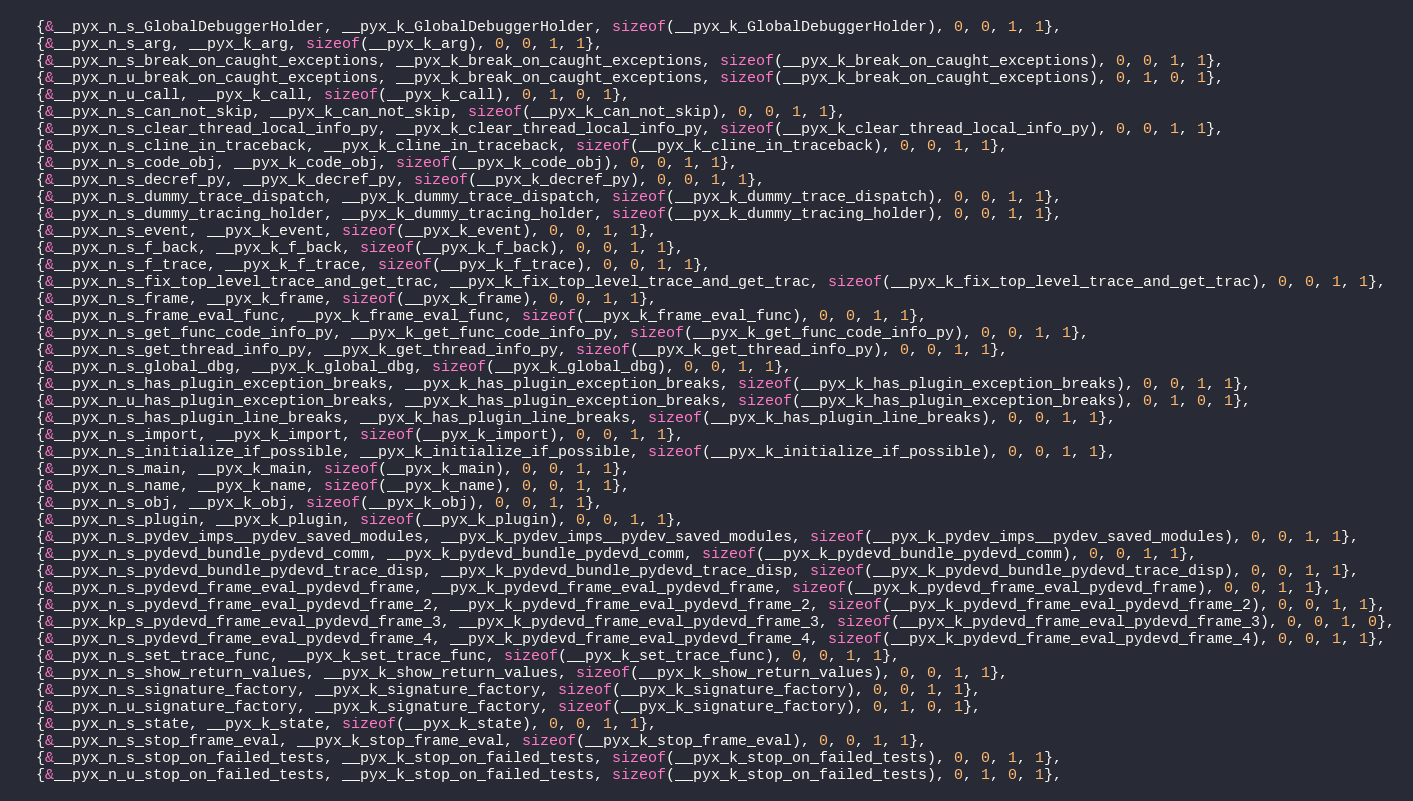
Language: C
  {&__pyx_n_s_GlobalDebuggerHolder, __pyx_k_GlobalDebuggerHolder, sizeof(__pyx_k_GlobalDebuggerHolder), 0, 0, 1, 1},
  {&__pyx_n_s_arg, __pyx_k_arg, sizeof(__pyx_k_arg), 0, 0, 1, 1},
  {&__pyx_n_s_break_on_caught_exceptions, __pyx_k_break_on_caught_exceptions, sizeof(__pyx_k_break_on_caught_exceptions), 0, 0, 1, 1},
  {&__pyx_n_u_break_on_caught_exceptions, __pyx_k_break_on_caught_exceptions, sizeof(__pyx_k_break_on_caught_exceptions), 0, 1, 0, 1},
  {&__pyx_n_u_call, __pyx_k_call, sizeof(__pyx_k_call), 0, 1, 0, 1},
  {&__pyx_n_s_can_not_skip, __pyx_k_can_not_skip, sizeof(__pyx_k_can_not_skip), 0, 0, 1, 1},
  {&__pyx_n_s_clear_thread_local_info_py, __pyx_k_clear_thread_local_info_py, sizeof(__pyx_k_clear_thread_local_info_py), 0, 0, 1, 1},
  {&__pyx_n_s_cline_in_traceback, __pyx_k_cline_in_traceback, sizeof(__pyx_k_cline_in_traceback), 0, 0, 1, 1},
  {&__pyx_n_s_code_obj, __pyx_k_code_obj, sizeof(__pyx_k_code_obj), 0, 0, 1, 1},
  {&__pyx_n_s_decref_py, __pyx_k_decref_py, sizeof(__pyx_k_decref_py), 0, 0, 1, 1},
  {&__pyx_n_s_dummy_trace_dispatch, __pyx_k_dummy_trace_dispatch, sizeof(__pyx_k_dummy_trace_dispatch), 0, 0, 1, 1},
  {&__pyx_n_s_dummy_tracing_holder, __pyx_k_dummy_tracing_holder, sizeof(__pyx_k_dummy_tracing_holder), 0, 0, 1, 1},
  {&__pyx_n_s_event, __pyx_k_event, sizeof(__pyx_k_event), 0, 0, 1, 1},
  {&__pyx_n_s_f_back, __pyx_k_f_back, sizeof(__pyx_k_f_back), 0, 0, 1, 1},
  {&__pyx_n_s_f_trace, __pyx_k_f_trace, sizeof(__pyx_k_f_trace), 0, 0, 1, 1},
  {&__pyx_n_s_fix_top_level_trace_and_get_trac, __pyx_k_fix_top_level_trace_and_get_trac, sizeof(__pyx_k_fix_top_level_trace_and_get_trac), 0, 0, 1, 1},
  {&__pyx_n_s_frame, __pyx_k_frame, sizeof(__pyx_k_frame), 0, 0, 1, 1},
  {&__pyx_n_s_frame_eval_func, __pyx_k_frame_eval_func, sizeof(__pyx_k_frame_eval_func), 0, 0, 1, 1},
  {&__pyx_n_s_get_func_code_info_py, __pyx_k_get_func_code_info_py, sizeof(__pyx_k_get_func_code_info_py), 0, 0, 1, 1},
  {&__pyx_n_s_get_thread_info_py, __pyx_k_get_thread_info_py, sizeof(__pyx_k_get_thread_info_py), 0, 0, 1, 1},
  {&__pyx_n_s_global_dbg, __pyx_k_global_dbg, sizeof(__pyx_k_global_dbg), 0, 0, 1, 1},
  {&__pyx_n_s_has_plugin_exception_breaks, __pyx_k_has_plugin_exception_breaks, sizeof(__pyx_k_has_plugin_exception_breaks), 0, 0, 1, 1},
  {&__pyx_n_u_has_plugin_exception_breaks, __pyx_k_has_plugin_exception_breaks, sizeof(__pyx_k_has_plugin_exception_breaks), 0, 1, 0, 1},
  {&__pyx_n_s_has_plugin_line_breaks, __pyx_k_has_plugin_line_breaks, sizeof(__pyx_k_has_plugin_line_breaks), 0, 0, 1, 1},
  {&__pyx_n_s_import, __pyx_k_import, sizeof(__pyx_k_import), 0, 0, 1, 1},
  {&__pyx_n_s_initialize_if_possible, __pyx_k_initialize_if_possible, sizeof(__pyx_k_initialize_if_possible), 0, 0, 1, 1},
  {&__pyx_n_s_main, __pyx_k_main, sizeof(__pyx_k_main), 0, 0, 1, 1},
  {&__pyx_n_s_name, __pyx_k_name, sizeof(__pyx_k_name), 0, 0, 1, 1},
  {&__pyx_n_s_obj, __pyx_k_obj, sizeof(__pyx_k_obj), 0, 0, 1, 1},
  {&__pyx_n_s_plugin, __pyx_k_plugin, sizeof(__pyx_k_plugin), 0, 0, 1, 1},
  {&__pyx_n_s_pydev_imps__pydev_saved_modules, __pyx_k_pydev_imps__pydev_saved_modules, sizeof(__pyx_k_pydev_imps__pydev_saved_modules), 0, 0, 1, 1},
  {&__pyx_n_s_pydevd_bundle_pydevd_comm, __pyx_k_pydevd_bundle_pydevd_comm, sizeof(__pyx_k_pydevd_bundle_pydevd_comm), 0, 0, 1, 1},
  {&__pyx_n_s_pydevd_bundle_pydevd_trace_disp, __pyx_k_pydevd_bundle_pydevd_trace_disp, sizeof(__pyx_k_pydevd_bundle_pydevd_trace_disp), 0, 0, 1, 1},
  {&__pyx_n_s_pydevd_frame_eval_pydevd_frame, __pyx_k_pydevd_frame_eval_pydevd_frame, sizeof(__pyx_k_pydevd_frame_eval_pydevd_frame), 0, 0, 1, 1},
  {&__pyx_n_s_pydevd_frame_eval_pydevd_frame_2, __pyx_k_pydevd_frame_eval_pydevd_frame_2, sizeof(__pyx_k_pydevd_frame_eval_pydevd_frame_2), 0, 0, 1, 1},
  {&__pyx_kp_s_pydevd_frame_eval_pydevd_frame_3, __pyx_k_pydevd_frame_eval_pydevd_frame_3, sizeof(__pyx_k_pydevd_frame_eval_pydevd_frame_3), 0, 0, 1, 0},
  {&__pyx_n_s_pydevd_frame_eval_pydevd_frame_4, __pyx_k_pydevd_frame_eval_pydevd_frame_4, sizeof(__pyx_k_pydevd_frame_eval_pydevd_frame_4), 0, 0, 1, 1},
  {&__pyx_n_s_set_trace_func, __pyx_k_set_trace_func, sizeof(__pyx_k_set_trace_func), 0, 0, 1, 1},
  {&__pyx_n_s_show_return_values, __pyx_k_show_return_values, sizeof(__pyx_k_show_return_values), 0, 0, 1, 1},
  {&__pyx_n_s_signature_factory, __pyx_k_signature_factory, sizeof(__pyx_k_signature_factory), 0, 0, 1, 1},
  {&__pyx_n_u_signature_factory, __pyx_k_signature_factory, sizeof(__pyx_k_signature_factory), 0, 1, 0, 1},
  {&__pyx_n_s_state, __pyx_k_state, sizeof(__pyx_k_state), 0, 0, 1, 1},
  {&__pyx_n_s_stop_frame_eval, __pyx_k_stop_frame_eval, sizeof(__pyx_k_stop_frame_eval), 0, 0, 1, 1},
  {&__pyx_n_s_stop_on_failed_tests, __pyx_k_stop_on_failed_tests, sizeof(__pyx_k_stop_on_failed_tests), 0, 0, 1, 1},
  {&__pyx_n_u_stop_on_failed_tests, __pyx_k_stop_on_failed_tests, sizeof(__pyx_k_stop_on_failed_tests), 0, 1, 0, 1},